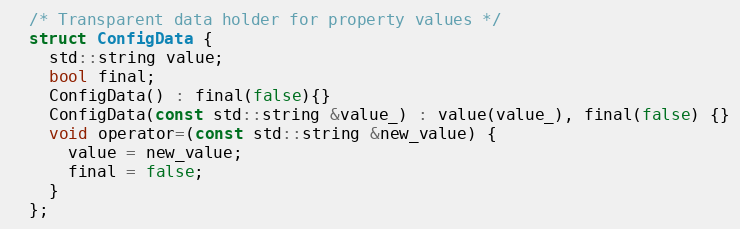
Language: C
  /* Transparent data holder for property values */
  struct ConfigData {
    std::string value;
    bool final;
    ConfigData() : final(false){}
    ConfigData(const std::string &value_) : value(value_), final(false) {}
    void operator=(const std::string &new_value) {
      value = new_value;
      final = false;
    }
  };